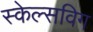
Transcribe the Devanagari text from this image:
स्केल्सविग